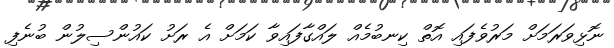
ނޮޅިވަރަމަށް މަރުވެފައި އޮތް ކިނބުމެއް ލައްގާފައިވާ ކަމަށް އެ ރަށު ކައުންސިލުން ބުނެފި